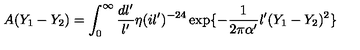
A ( Y _ { 1 } - Y _ { 2 } ) = \int _ { 0 } ^ { \infty } \frac { d l ^ { \prime } } { l ^ { \prime } } \eta ( i l ^ { \prime } ) ^ { - 2 4 } \exp \{ - \frac { 1 } { 2 \pi \alpha ^ { \prime } } l ^ { \prime } ( Y _ { 1 } - Y _ { 2 } ) ^ { 2 } \}